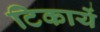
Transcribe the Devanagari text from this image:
टिकायें